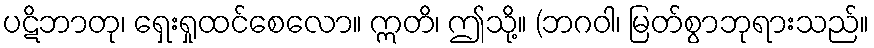
ပဋိဘာတု၊ ရှေးရှုထင်စေလော။ ဣတိ၊ ဤသို့။ (ဘဂဝါ၊ မြတ်စွာဘုရားသည်။